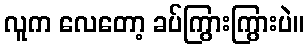
လူက လေတော့ ခပ်ကြွားကြွားပဲ။